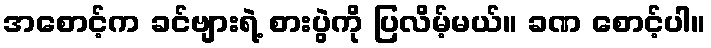
အစောင့်က ခင်ဗျားရဲ့ စားပွဲကို ပြလိမ့်မယ်။ ခဏ စောင့်ပါ။